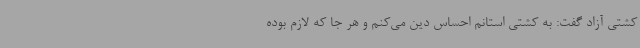
کشتی آزاد گفت: به کشتی استانم احساس دین می‌کنم و هر جا که لازم بوده